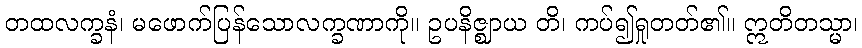
တထလက္ခနံ၊ မဖောက်ပြန်သောလက္ခဏာကို။ ဥပနိဇ္ဈာယ တိ၊ ကပ်၍ရှုတတ်၏။ ဣတိတသ္မာ၊